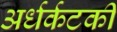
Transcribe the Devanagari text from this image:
अर्धर्कटकी